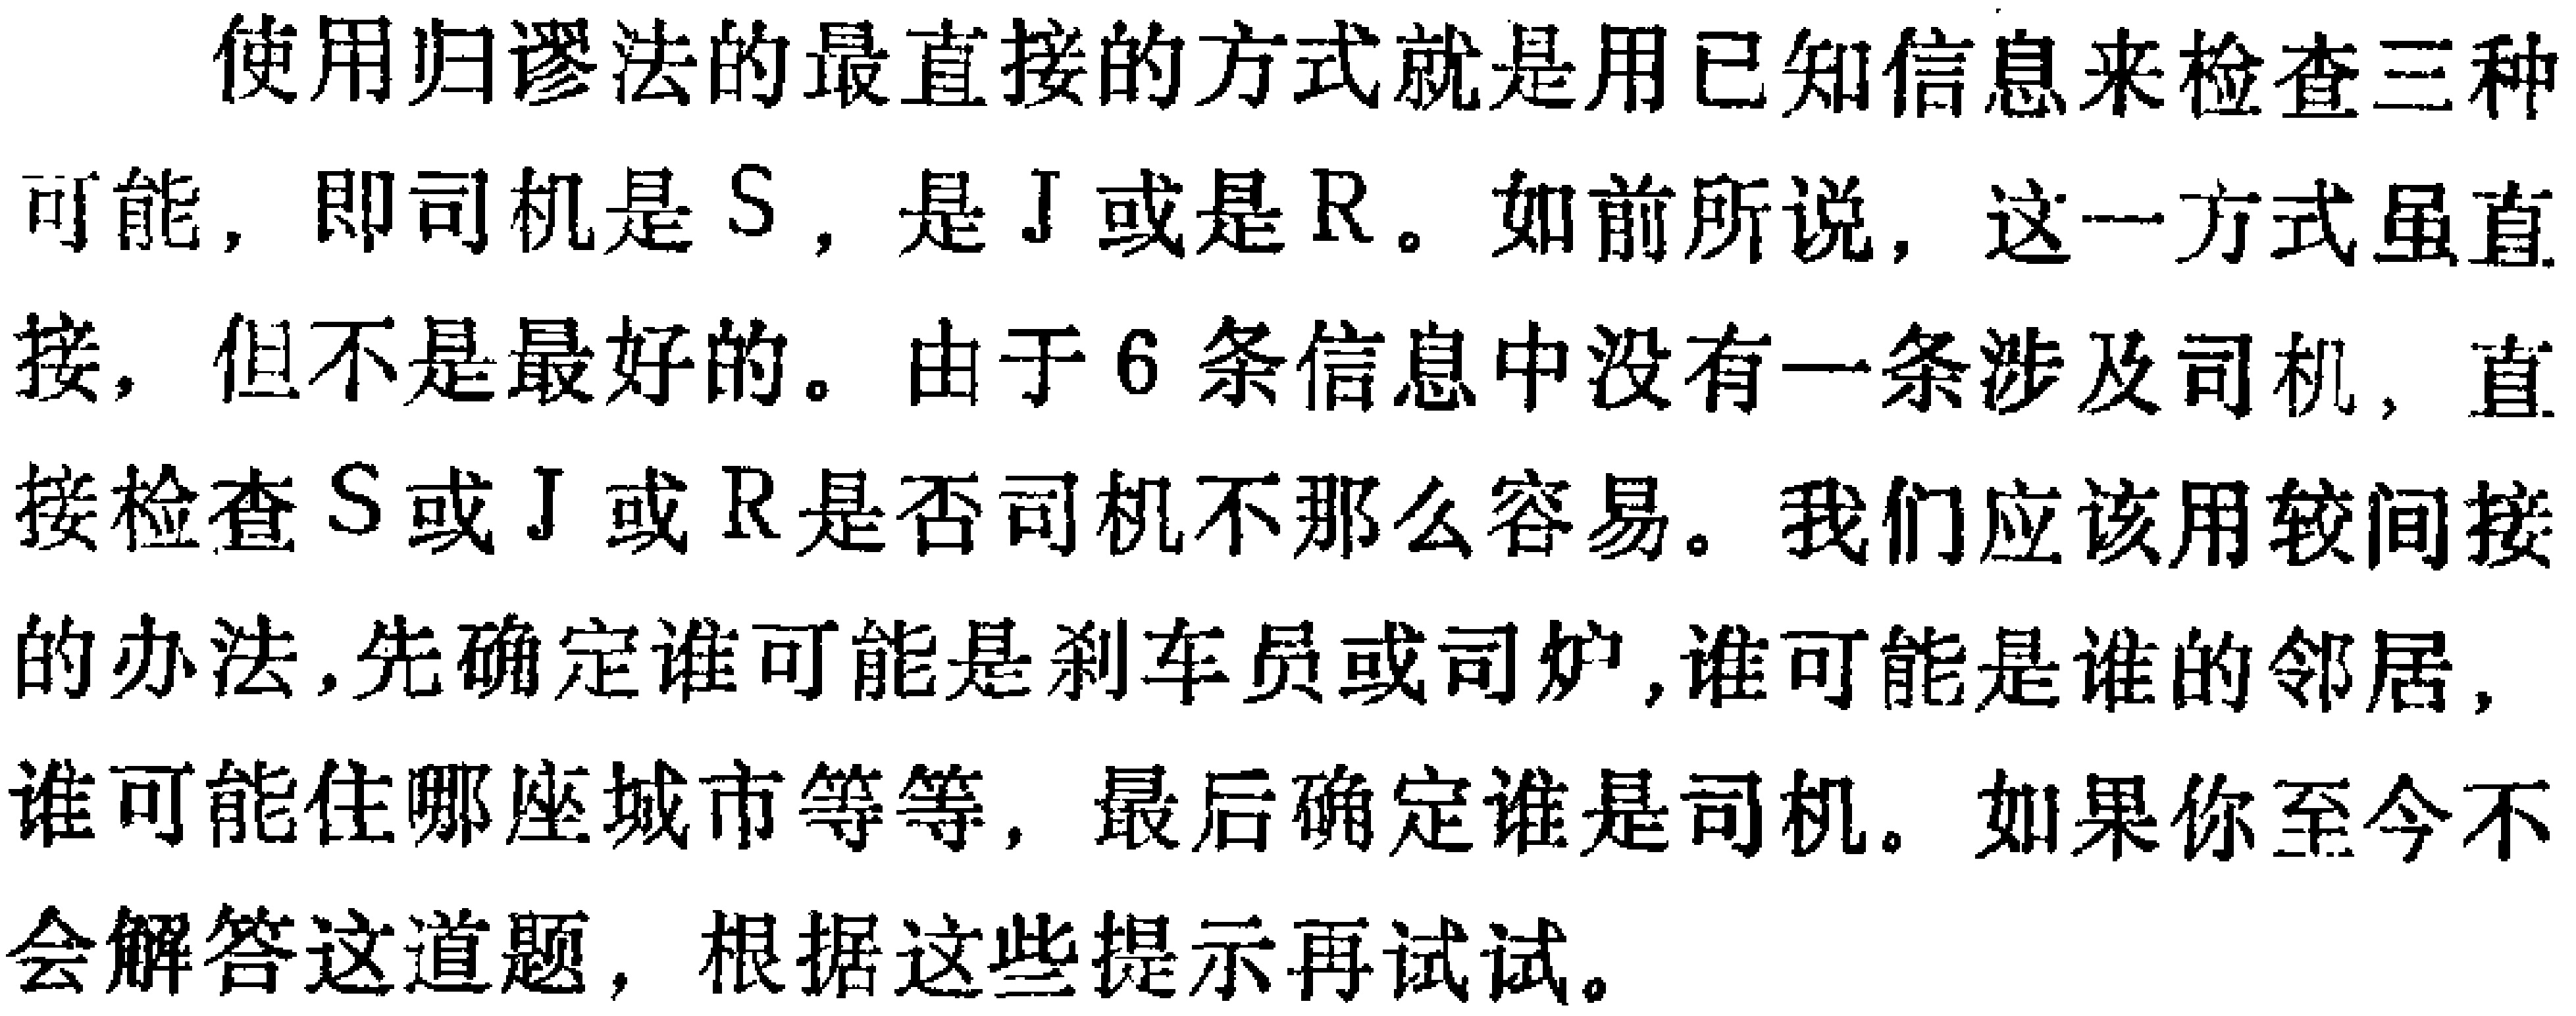
使用归谬法的最直接的方式就是用已知信息来检查三种可能，即司机是\(S\)，是\(J\)或是\(R\)。如前所说，这一方式虽直接，但不是最好的。由于\(6\)条信息中没有一条涉及司机，直接检查\(S\)或\(J\)或\(R\)是否司机不那么容易。我们应该用较间接的办法，先确定谁可能是刹车员或司炉，谁可能是谁的邻居，谁可能住哪座城市等等，最后确定谁是司机。如果你至今不会解答这道题，根据这些提示再试试。